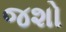
જશો